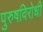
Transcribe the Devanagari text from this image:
पुरुषविरोधी